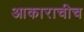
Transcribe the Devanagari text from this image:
आकाराचीच